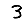
Digit: 3